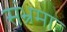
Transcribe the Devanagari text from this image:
संभ्रमा